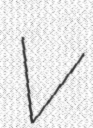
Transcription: V